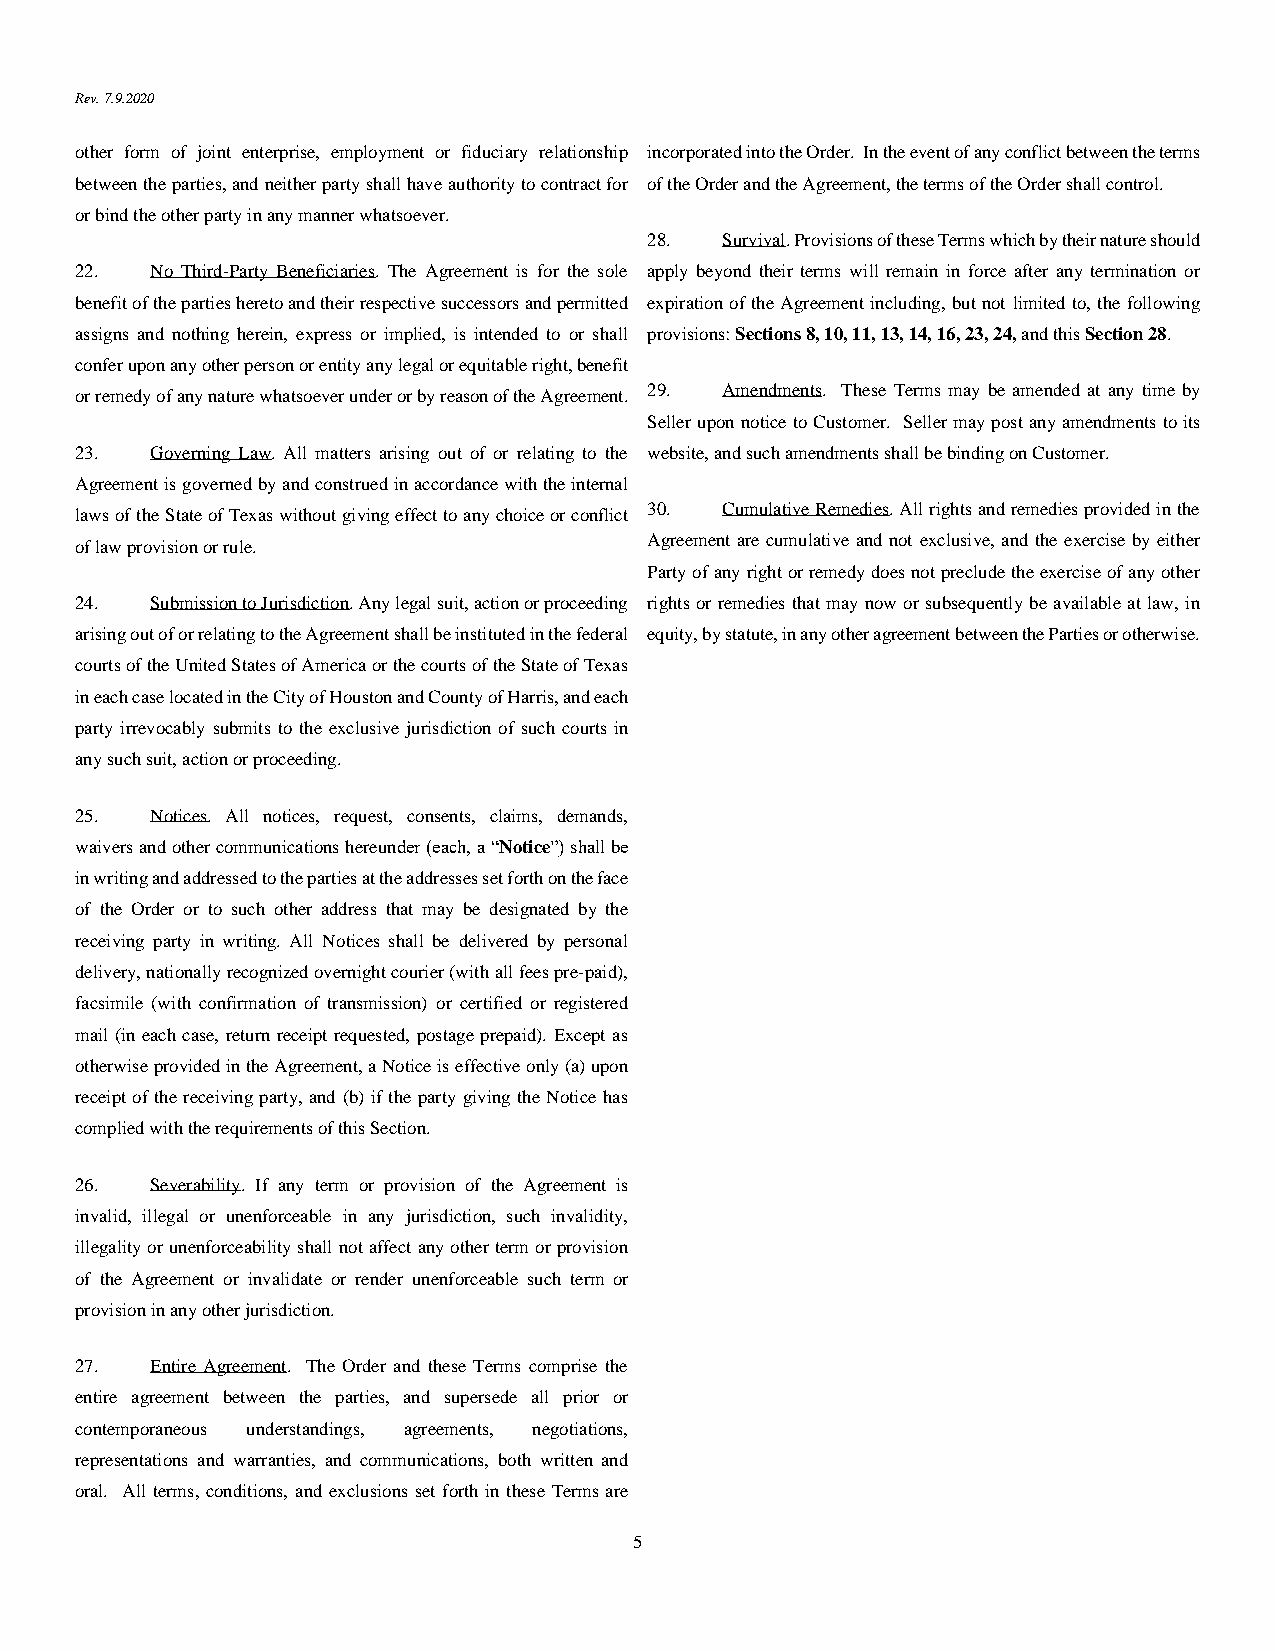
Rev. 7.9.2020
 other form of joint enterprise, employment or fiduciary relationship incorporated into the Order. In the event of any conflict between the terms
 between the parties, and neither party shall have authority to contract for of the Order and the Agreement, the terms of the Order shall control.
 or bind the other party in any manner whatsoever.
 28.  Survival. Provisions of these Terms which by their nature should
 22.  No Third-Party Beneficiaries. The Agreement is for the sole apply beyond their terms will remain in force after any termination or
 benefit of the parties hereto and their respective successors and permitted expiration of the Agreement including, but not limited to, the following
 assigns and nothing herein, express or implied, is intended to or shall provisions: Sections 8, 10, 11, 13, 14, 16, 23, 24, and this Section 28.
 confer upon any other person or entity any legal or equitable right, benefit
 or remedy of any nature whatsoever under or by reason of the Agreement. 29. Amendments. These Terms may be amended at any time by
 Seller upon notice to Customer. Seller may post any amendments to its
 23.  Governing Law. All matters arising out of or relating to the website, and such amendments shall be binding on Customer.
 Agreement is governed by and construed in accordance with the internal
 laws of the State of Texas without giving effect to any choice or conflict 30. Cumulative Remedies. All rights and remedies provided in the
 Agreement are cumulative and not exclusive, and the exercise by either
 of law provision or rule.
 Party of any right or remedy does not preclude the exercise of any other
 24.  Submission to Jurisdiction. Any legal suit, action or proceeding rights or remedies that may now or subsequently be available at law, in
 arising out of or relating to the Agreement shall be instituted in the federal equity, by statute, in any other agreement between the Parties or otherwise.
 courts of the United States of America or the courts of the State of Texas
 in each case located in the City of Houston and County of Harris, and each
 party irrevocably submits to the exclusive jurisdiction of such courts in
 any such suit, action or proceeding.
 25.  Notices. All notices, request, consents, claims, demands,
 waivers and other communications hereunder (each, a “Notice”) shall be
 in writing and addressed to the parties at the addresses set forth on the face
 of the Order or to such other address that may be designated by the
 receiving party in writing. All Notices shall be delivered by personal
 delivery, nationally recognized overnight courier (with all fees pre-paid),
 facsimile (with confirmation of transmission) or certified or registered
 mail (in each case, return receipt requested, postage prepaid). Except as
 otherwise provided in the Agreement, a Notice is effective only (a) upon
 receipt of the receiving party, and (b) if the party giving the Notice has
 complied with the requirements of this Section.
 26.  Severability. If any term or provision of the Agreement is
 invalid, illegal or unenforceable in any jurisdiction, such invalidity,
 illegality or unenforceability shall not affect any other term or provision
 of the Agreement or invalidate or render unenforceable such term or
 provision in any other jurisdiction.
 27.  Entire Agreement. The Order and these Terms comprise the
 entire agreement between the parties, and supersede all prior or
 contemporaneous understandings, agreements, negotiations,
 representations and warranties, and communications, both written and
 oral. All terms, conditions, and exclusions set forth in these Terms are
 5